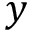
y